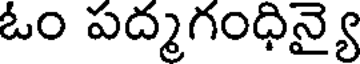
ఓం పద్మగంధిన్యై